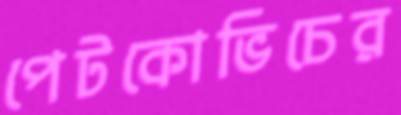
পেটকোভিচের